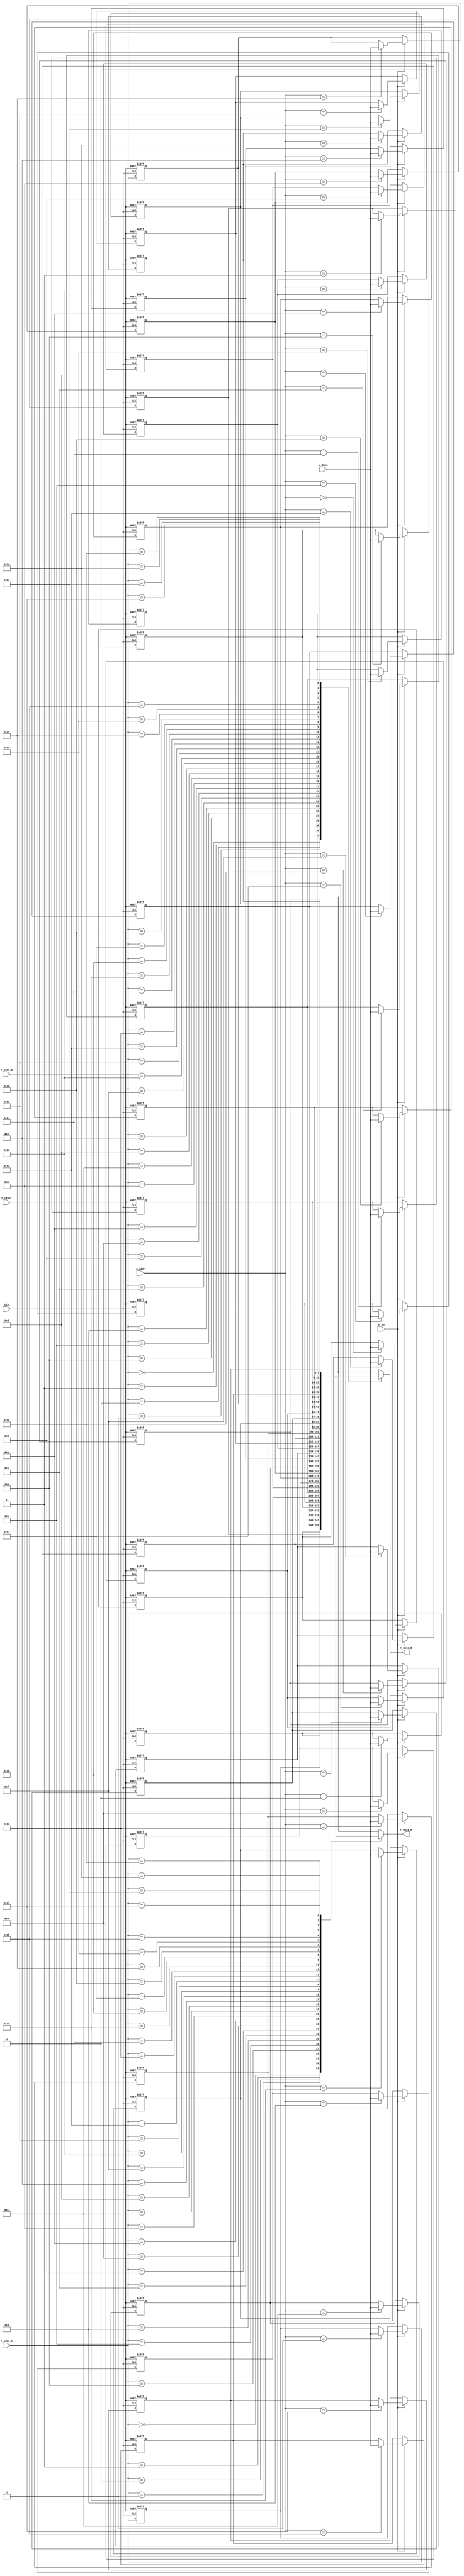
`timescale 1ns / 1ps
//////////////////////////////////////////////////////////////////////////////////
// Company: 
// Engineer: 
// 
// Design Name: register file
// Module Name: reg_file
// Project Name: 
// Target Devices: 
// Tool Versions: 
// Description: a 2^W * B register file
// 
// Dependencies: 
// 
// Revision:
// Revision 0.01 - File Created
// Additional Comments: 
/*
             W specifies the number of address bits (hence the number of registers in the file), 
             B specifies the number of bits in a word (size of each register).
             The write address signal, w_addr, specifies where to store data.
             the read address signal, r_addr, specifies where to retrieve data.
             write enable signal wr_en, enables writing to the register file
*/
// 
//////////////////////////////////////////////////////////////////////////////////


module reg_file
    #(parameter W = 5,          //  
                B = 8           // no of bits in reg
     )
    (       
        input wire [W-1 : 0] r_addr_A, r_addr_B, w_addr,
        input wire clk, wr_en, n_reset,
        input wire [B-1 : 0] w_data,
        output wire [B-1 : 0] r_data_A, r_data_B
    );

    // storage elements
    reg [B-1 : 0] array_reg [2**W-1 : 0];
    integer i;
    always @(posedge clk or negedge n_reset)  begin
        if(~n_reset)
            for (i = 0; i < 2**W ; i = i + 1) begin
                array_reg[i] <= 0;
            end
        else if(wr_en) 
            array_reg[w_addr] <= w_data;
    end
    
    assign r_data_A = array_reg[r_addr_A];
    assign r_data_B = array_reg[r_addr_B];

endmodule